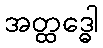
အတ္ထဒ္ဓေါ